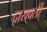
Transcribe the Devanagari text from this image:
द्रारावती